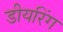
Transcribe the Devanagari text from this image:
डीयरिंग